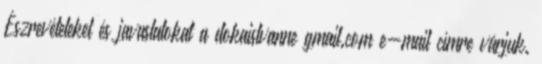
Észrevételeket és javaslatokat a dokaistvanne gmail.com e-mail címre várjuk.